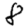
Digit: 8